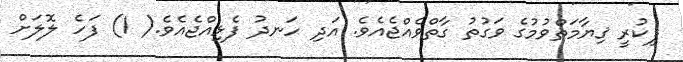
ފިކުރީ ޤިޔާމަތްވުމުގެ ވަގުތު ގާތްވެއްޖެއެވެ. އަދި ހަނދު ފެޅިއްޖެއެވެ.( 1) ފަހެ ލޮލަށް